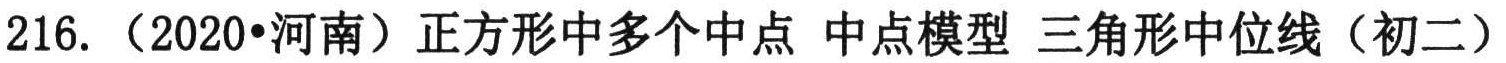
216. （2020•河南）正方形中多个中点 中点模型 三角形中位线（初二）